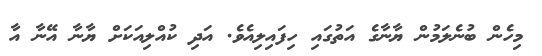
މިހެން ބުނެލަމުން ޔާނާގެ އަތުގައި ހިފައިލިއެވެ. އަދި ކުއްލިއަކަށް ޔާނާ އޭނާ އާ